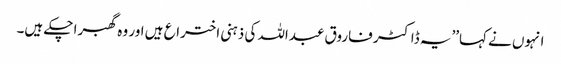
انہوں نے کہا’’یہ ڈاکٹر فاروق عبداللہ کی ذہنی اختراع ہیں اور وہ گھبرا چکے ہیں۔